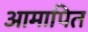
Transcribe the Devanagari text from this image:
आमापित